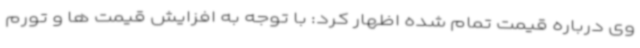
وی درباره قیمت تمام شده اظهار کرد: با توجه به افزایش قیمت ها و تورم